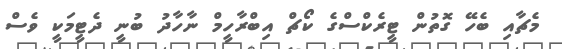
މެޗާއި ބެހޭ ގޮތުން ޓީރެކްސްގެ ކޯޗް އިބްރާހީމް ނާހާދު ބުނީ ދެޓީމަކީ ވެސް